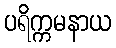
ပရိက္ကမနာယ